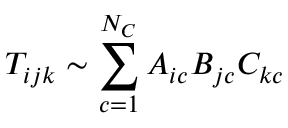
T _ { i j k } \sim \sum _ { c = 1 } ^ { N _ { C } } A _ { i c } B _ { j c } C _ { k c }